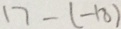
1 7 - ( - 1 8 )